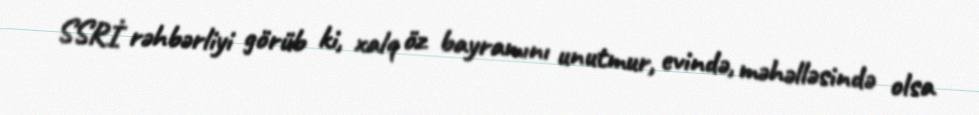
SSRİ rəhbərliyi görüb ki, xalq öz bayramını unutmur, evində, məhəlləsində olsa